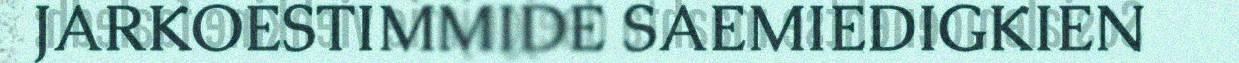
JARKOESTIMMIDE SAEMIEDIGKIEN